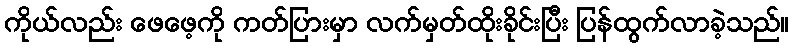
ကိုယ်လည်း ဖေဖေ့ကို ကတ်ပြားမှာ လက်မှတ်ထိုးခိုင်းပြီး ပြန်ထွက်လာခဲ့သည်။